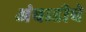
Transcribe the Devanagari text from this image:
अंबाडीचे